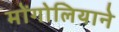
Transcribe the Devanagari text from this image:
मोंगोलियाने